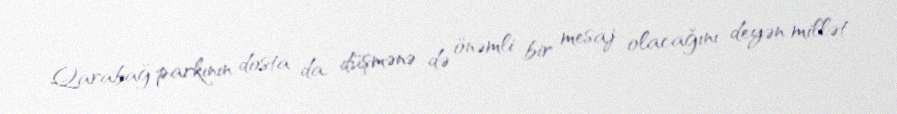
Qarabağ parkının dosta da, düşmənə də önəmli bir mesaj olacağını deyən millət